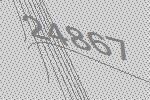
24867